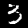
Label: 3